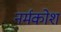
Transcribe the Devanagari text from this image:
नर्मकोश